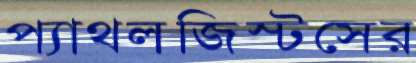
প্যাথলজিস্টসের